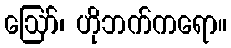
ဪ၊ ဟိုဘက်ကရော။